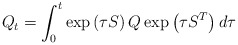
\begin{align*} Q_t = \int_{0}^{t}\exp\left(\tau S\right)Q\exp\left(\tau S^T\right) d\tau\end{align*}